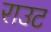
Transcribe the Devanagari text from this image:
राउट